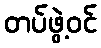
တပ်ဖွဲ့ဝင်